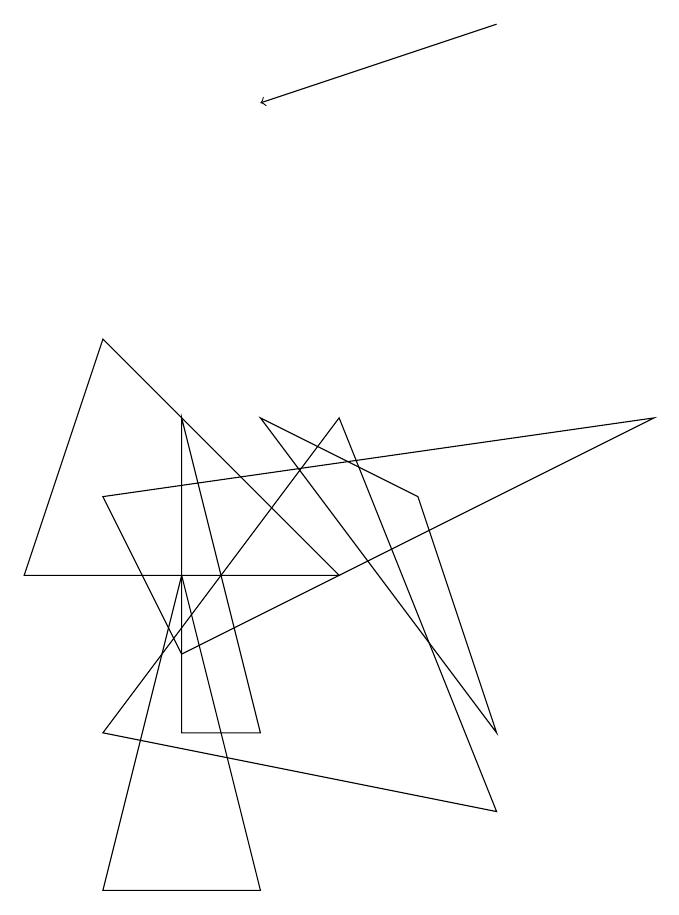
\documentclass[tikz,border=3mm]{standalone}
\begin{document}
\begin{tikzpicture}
\draw (1,5) -- (2,8) -- (5,5) -- cycle;
\draw (4,3) -- (3,3) -- (3,7) -- cycle;
\draw (7,2) -- (5,7) -- (2,3) -- cycle;
\draw (3,5) -- (4,1) -- (2,1) -- cycle;
\draw (2,6) -- (3,4) -- (9,7) -- cycle;
\draw[->] (7,12) -- (4,11);
\draw (4,7) -- (6,6) -- (7,3) -- cycle;
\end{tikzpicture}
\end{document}